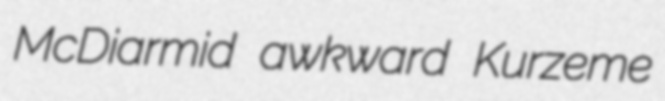
McDiarmid awkward Kurzeme